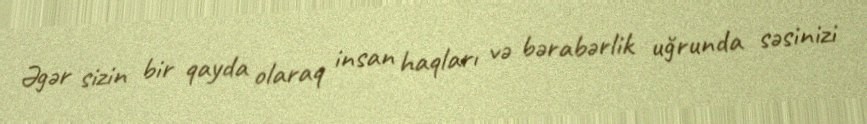
Əgər sizin bir qayda olaraq insan haqları və bərabərlik uğrunda səsinizi